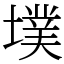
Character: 墣